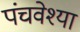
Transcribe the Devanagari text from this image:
पंचवेश्या